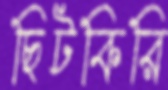
ছিটকিরি